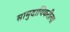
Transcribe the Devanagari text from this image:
सामुदायिकरीत्या